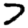
Digit: 7